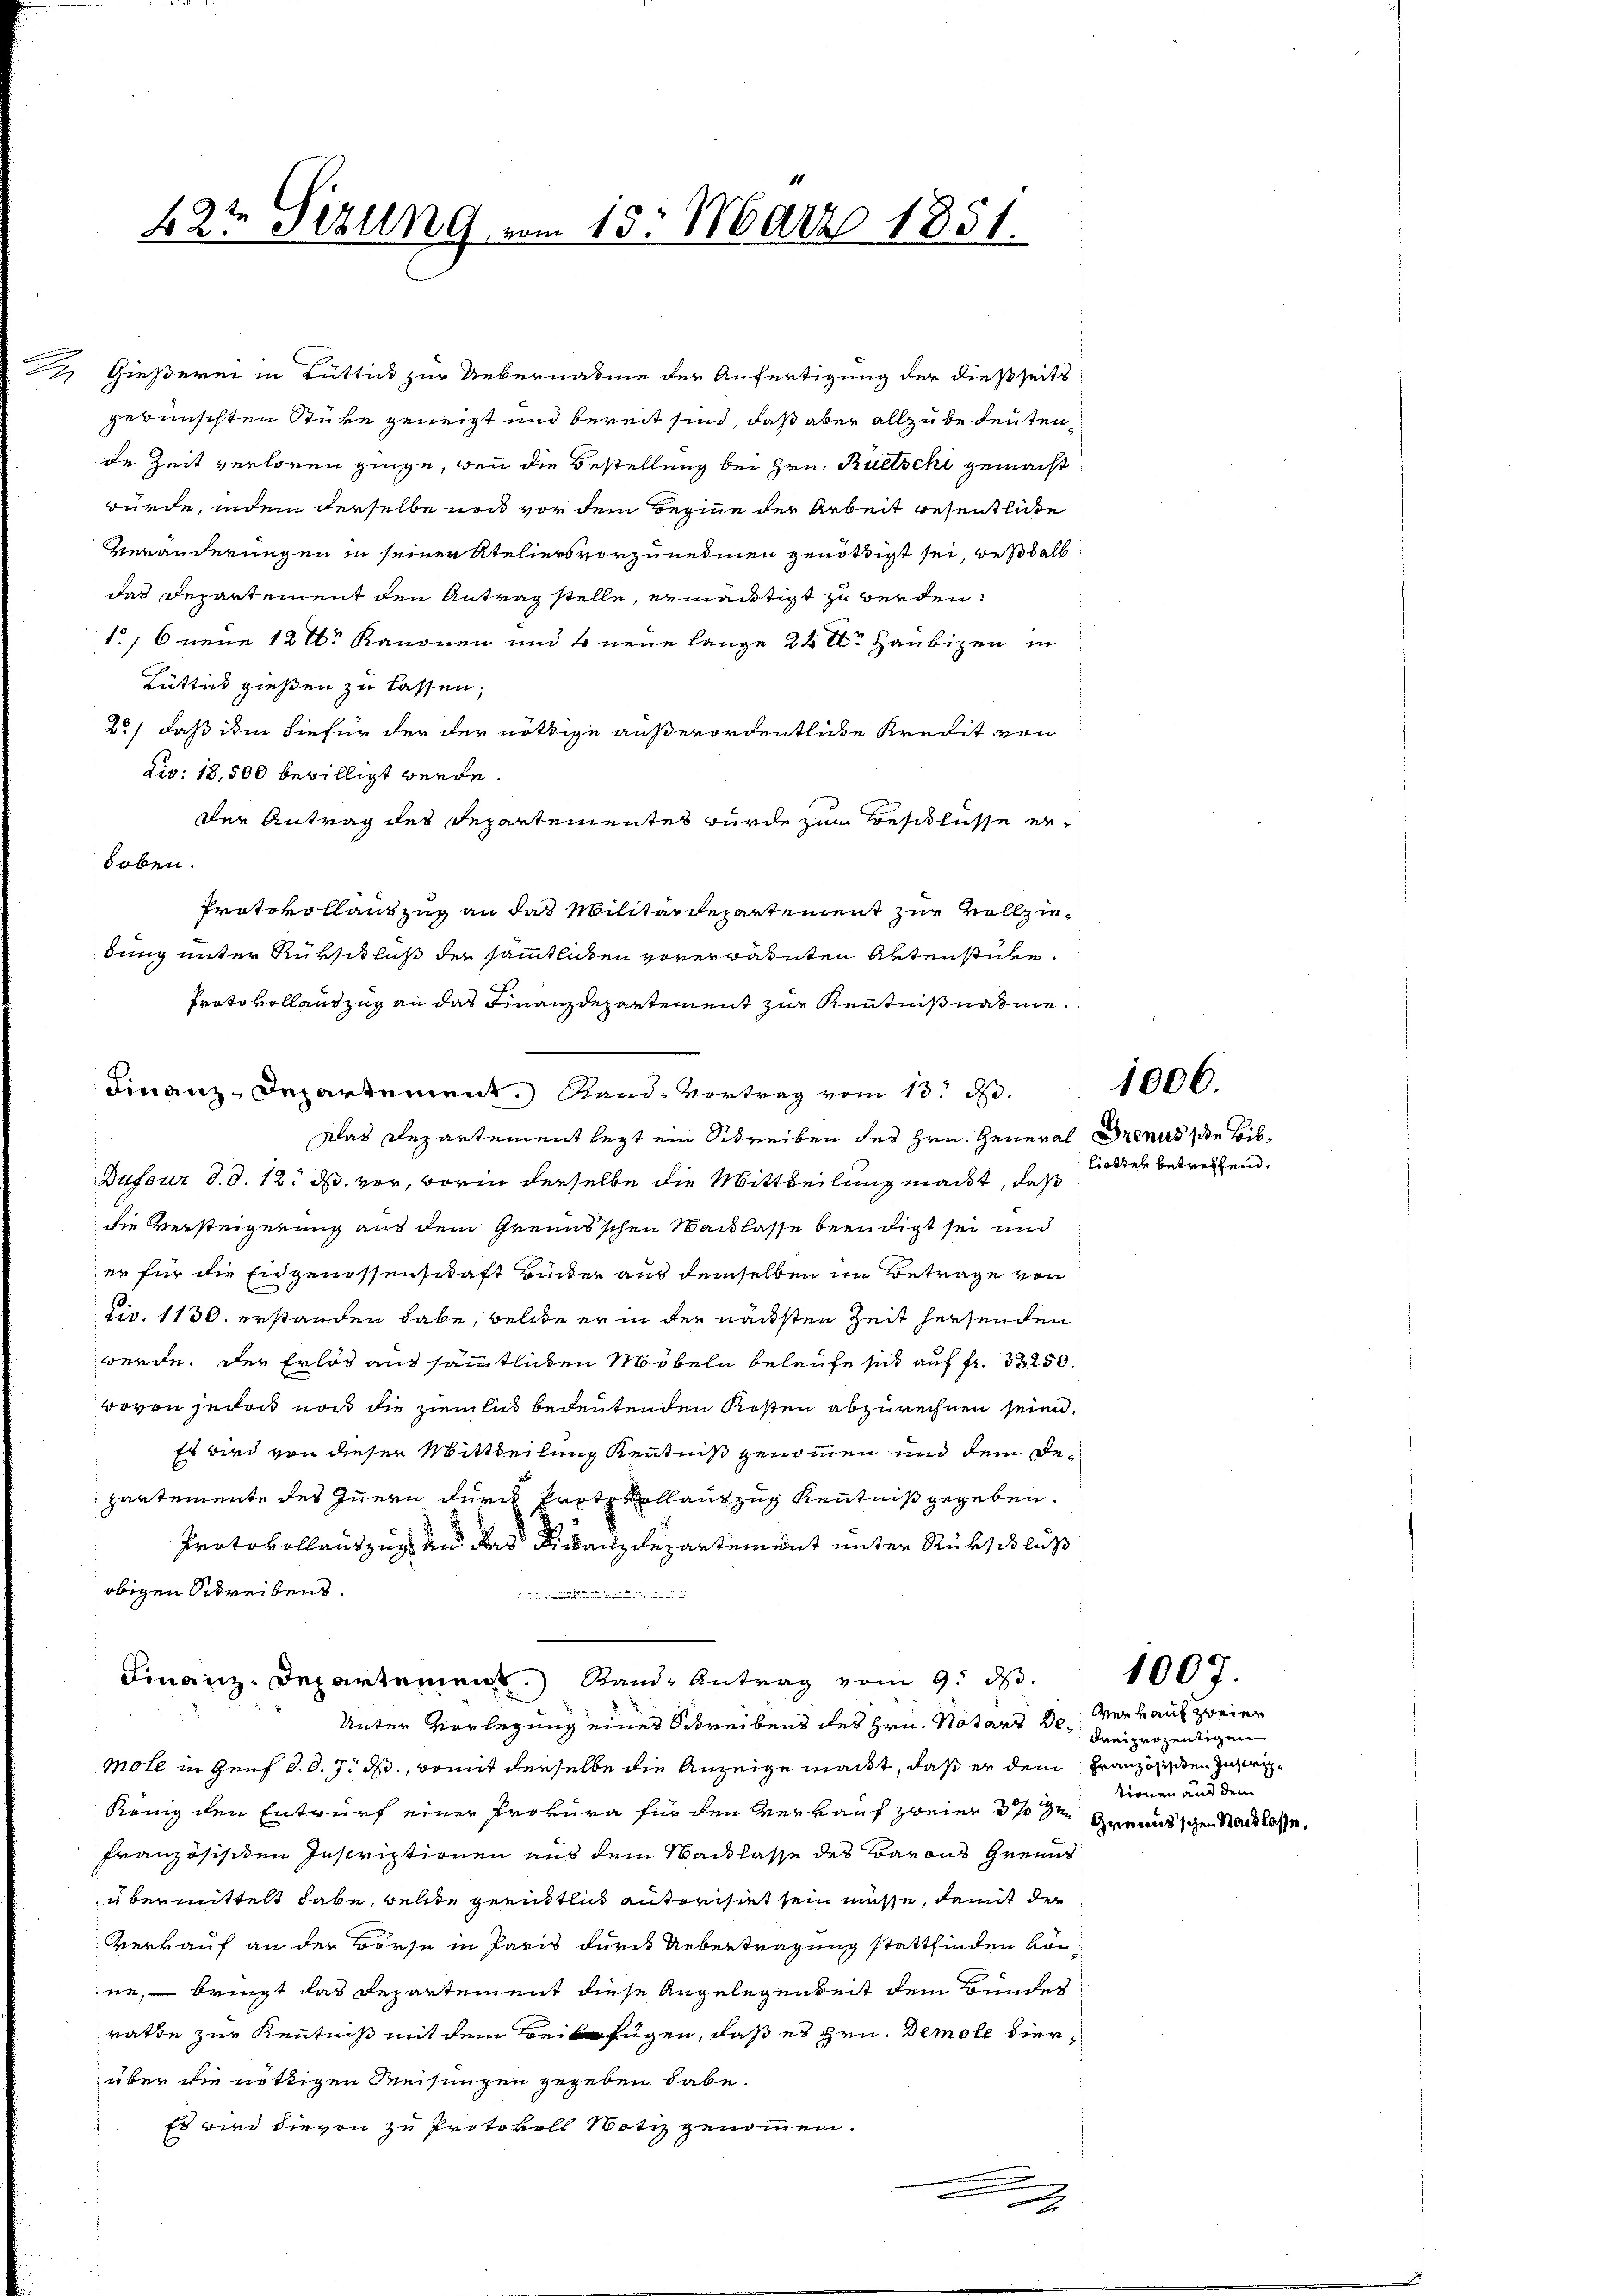
.
e

42t Sizung vom 15. März 1851.

Gießerei in Rüttick zur Uebernahme der Anfertigung der dießseits
gewünschten Stüke geneigt und bereit sind, daß aber allzubedeutente Zeit verloren ginge, wenn die Bestellung bei Hrn. Ruetschi gemacht
würde, indem derselbe und vor dem Beginne der Arbeit wesentliche
Veränderungen in seiner Ateliers vorzunehmen genöthigt sei, deßhalb
das Departement den Antrag stelle, ermächtigt zu werden.
1, 6 neue 12 tr Kanonen und so neue lange 24 te Haubigen in
Büttik gießen zu lassen,
2./ daß im hiefür der der nöthige außerordentliche Kredit von
dis: 18,500 bewilligt werde.
Der Antrag des Departementes wurde zum Beschlüsse erhoben.
dung unter Rükschluß der sämmtlichen vorerwähnten Artenstücke.
Protokollauszug an das Finanzdepartement zur Kenntnißnahme.
Das Departement legt ein Schreiben des Hrn. General Brenus die Bib¬
Dufour d. d. 12. ds. vor, worin derselbe die Mittheilung macht, daß
die Versteigerung aus dem Grenns'schen Nachlasse beendigt sei und
er für die Eidgenossenschaft Binder aus demselben im Betrage von
Civ. 1130. erstanden habe, welde er in der nächsten Zeit hersenden
werde. Der Erlös aus sämmtlichen Möbeln belaufe sich auf fr. 33250.
wovon jedoch nur die ziemlich bedeutenden Kosten abzurechnen seien.
Es wird von dieser Mittheilung Kenntniß genommen und dem Depantemente des Innern durch Protokollantzug Kenntniß gegeben.
Protokollauszug und das Finanzdepartement unter Rückschluß
obigen Schreibens.
.
Finanz-Departement. Stand Antrag vom 9. ds.
Unter Vorlegung eines Schreibens des Hrn. Notars der Freiherzeitigen
Moll in Genf d. d. 7. ds., womit derselbe die Anzeige macht, daß er dem Französisten zuzei¬
Könng den Entwurf einer Provura für den Verkauf zweien 31ste Greundschen Stand lasse,
französischen Inscriptionen aus dem Sacklasse des Barons Greund
übermittelt habe, welche geendtlich anterisirt sein müsse, damit der
Verkauf an der Börse in Paris durch Uebertragung stattfinden vorne, – bringt das Departement diese Angelegenheit dem Bundes
rathe zur Kenntniß mit dem Beifügen, daß es Hrn. Demole vierüber die nöthigen Weisungen gegeben habe.
Es wird die von zu Protokoll Notiz genommen.
.
.
xx

Protokollantzug an das Militärdepartement zur Vollzie¬

Finanz-Departement. Stand Vortrag vom 13. d.

lietten betreffend.

1006.

Wer kauf zweier
tionen auf den

1007.